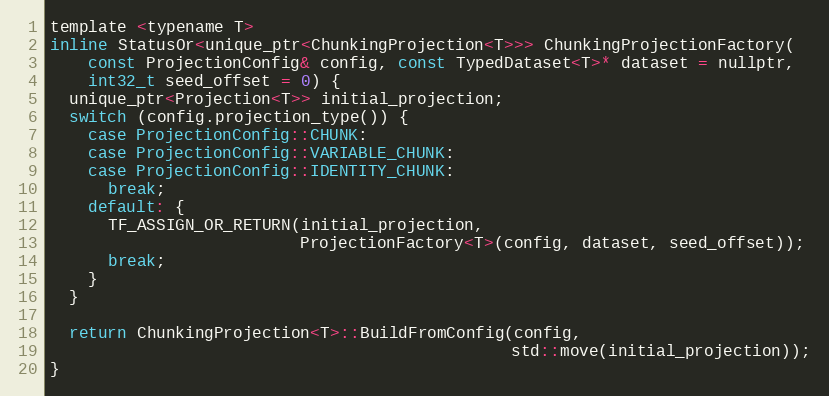
Language: C
template <typename T>
inline StatusOr<unique_ptr<ChunkingProjection<T>>> ChunkingProjectionFactory(
    const ProjectionConfig& config, const TypedDataset<T>* dataset = nullptr,
    int32_t seed_offset = 0) {
  unique_ptr<Projection<T>> initial_projection;
  switch (config.projection_type()) {
    case ProjectionConfig::CHUNK:
    case ProjectionConfig::VARIABLE_CHUNK:
    case ProjectionConfig::IDENTITY_CHUNK:
      break;
    default: {
      TF_ASSIGN_OR_RETURN(initial_projection,
                          ProjectionFactory<T>(config, dataset, seed_offset));
      break;
    }
  }

  return ChunkingProjection<T>::BuildFromConfig(config,
                                                std::move(initial_projection));
}